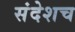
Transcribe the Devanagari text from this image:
संदेशच